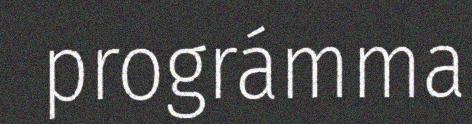
prográmma